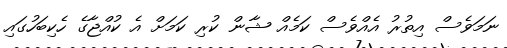
ނަމަވެސް އިތުރު އެއްވެސް ކަމެއް ޝާން ކުރި ކަމަށް އެ ކުއްޖާގެ ހެކިބަހުގައި